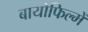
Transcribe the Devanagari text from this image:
बायोफिल्में